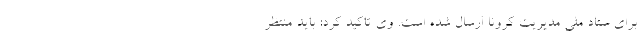
برای ستاد ملی مدیریت کرونا ارسال شده است. وی تاکید کرد: باید منتظر